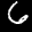
Label: 6